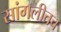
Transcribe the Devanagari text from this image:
सांगलीतच